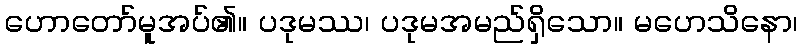
ဟောတော်မူအပ်၏။ ပဒုမဿ၊ ပဒုမအမည်ရှိသော။ မဟေသိနော၊